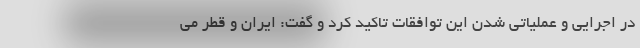
در اجرایی و عملیاتی شدن این توافقات تاکید کرد و گفت: ایران و قطر می